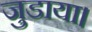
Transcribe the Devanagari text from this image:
जुडाया।